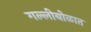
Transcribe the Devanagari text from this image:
गल्लीबोळात